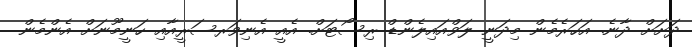
ދަށަށް ދާނެ. އަހަރެމެން މިދަނީ ލަވްއައިލެންޑް ރިސޯޓަށް. އެއީ އެނިވަރސަރީއާއި ހަނީމޫނަށް އެންމެން